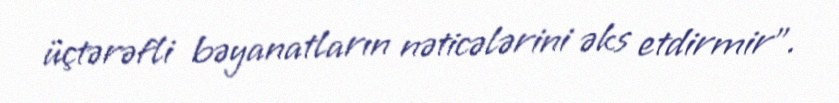
üçtərəfli bəyanatların nəticələrini əks etdirmir”.